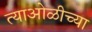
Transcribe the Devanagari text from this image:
त्याओळीच्या